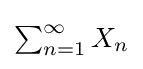
{\textstyle \sum _{n=1}^{\infty }X_{n}}